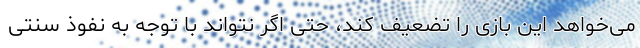
می‌خواهد این بازی را تضعیف کند، حتی اگر نتواند با توجه به نفوذ سنتی